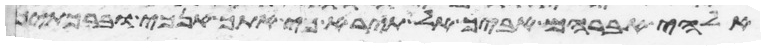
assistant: אלהי אברהם אביך אל תירא כי אתך אנכי וברכתיך